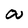
Character: a